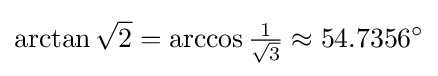
\arctan {\sqrt {2}}=\arccos {\tfrac {1}{\sqrt {3}}}\approx \textstyle {54.7356}^{\circ }